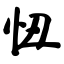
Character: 忸